Report of the Indian Hemp Drugs Commission, 1894-1895 - Volume I
Year: 1894
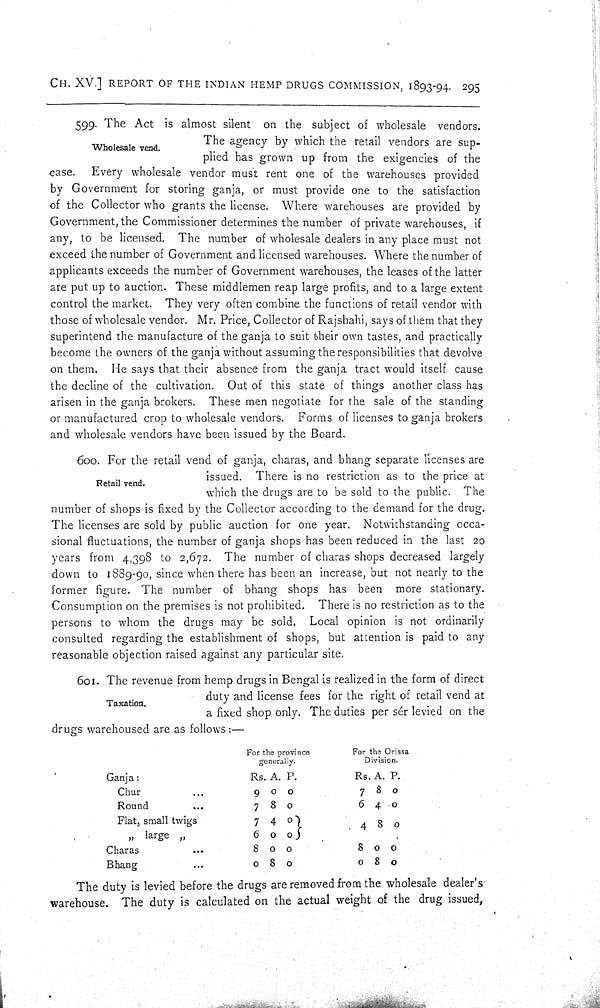
CH. XV.] REPORT OF THE INDIAN HEMP DRUGS COMMISSION, 1893-94. 295
Wholesale vend.
599. The Act is almost silent on the subject of wholesale vendors.
The agency by which the retail vendors are sup-
plied has grown up from the exigencies of the
case.
Every wholesale vendor must rent one of the warehouses provided
by Government for storing ganja, or must provide one to the satisfaction
of the Collector who grants the license. Where warehouses are provided by
Government, the Commissioner determines the number of private warehouses, if
any, to be licensed. The number of wholesale dealers in any place must not
exceed the number of Government and licensed warehouses. Where the number of
applicants exceeds the number of Government warehouses, the leases of the latter
are put up to auction. These middlemen reap large profits, and to a large extent
control the market. They very often combine the functions of retail vendor with
those of wholesale vendor. Mr. Price, Collector of Rajshahi, says of them that they
superintend the manufacture of the ganja to suit their own tastes, and practically
become the owners of the ganja without assuming the responsibilities that devolve
on them. He says that their absence from the ganja tract would itself cause
the decline of the cultivation. Out of this state of things another class has
arisen in the ganja brokers. These men negotiate for the sale of the standing
or manufactured crop to wholesale vendors. Forms of licenses to ganja brokers
and wholesale vendors have been issued by the Board.
Retail vend.
600. For the retail vend of ganja, charas, and bhang separate licenses are
issued. There is no restriction as to the price at
which the drugs are to be sold to the public. The
number of shops is fixed by the Collector according to the demand for the drug.
The licenses are sold by public auction for one year. Notwithstanding occa-
sional fluctuations, the number of ganja shops has been reduced in the last 20
years from 4,398 to 2,672. The number of charas shops decreased largely
down to 1889-90, since when there has been an increase, but not nearly to the
former figure. The number of bhang shops has been more stationary.
Consumption on the premises is not prohibited. There is no restriction as to the
persons to whom the drugs may be sold. Local opinion is not ordinarily
consulted regarding the establishment of shops, but attention is paid to any
reasonable objection raised against any particular site.
Taxation.
601. The revenue from hemp drugs in Bengal is realized in the form of direct
duty and license fees for the right of retail vend at
a fixed shop only. The duties per sér levied on the
drugs warehoused are as follows:—
For the province
generally.
For the Orissa
Division.
Ganja:
Rs. A. P.
Rs. A. P.
Chur
9 0 0
7 8 0
Round
7 8 0
6 4 0
Flat, small twigs
7 4 0
4 8 0
" large "
6 0 0
Charas
8 0 0
8 0 0
Bhang
0 8 0
0 8 0
The duty is levied before the drugs are removed from the wholesale dealer's
warehouse. The duty is calculated on the actual weight of the drug issued,